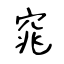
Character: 窕